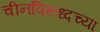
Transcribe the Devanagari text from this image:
चीनविरूध्दच्या